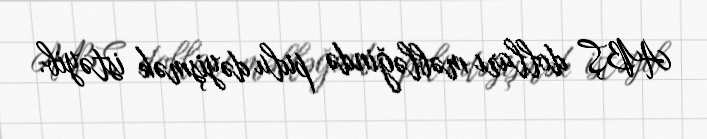
ABŞ dolları məbləğində pulu dəyişmək istəyib.